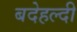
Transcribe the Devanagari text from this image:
बदेहल्दी